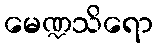
မေဏ္ဍသိရော